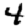
Digit: 4